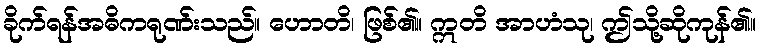
ခိုက်ရန်အဓိကရုဏ်းသည်။ ဟောတိ၊ ဖြစ်၏။ ဣတိ အာဟံသု၊ ဤသို့ဆိုကုန်၏။